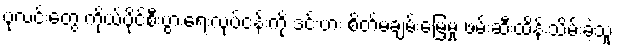
ပုလင်းတွေ ကိုယ်ပိုင်စီးပွားရေးလုပ်ငန်းကို ဒင်းဗား စိတ်မချမ်းမြေ့မှု ဖမ်းဆီးထိန်းသိမ်းခဲ့သူ